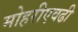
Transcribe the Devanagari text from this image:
मोहरीएवढी